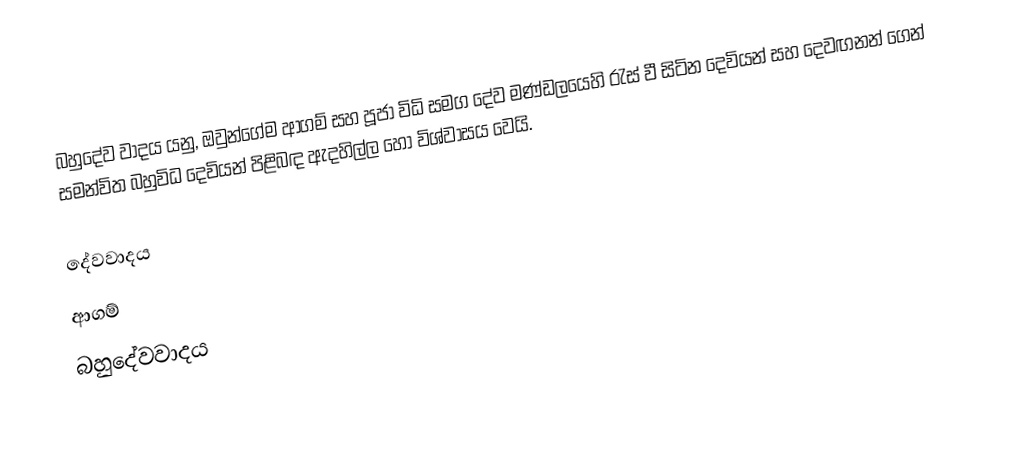
බහුදේව වාදය යනු,   ඔවුන්ගේම ආගම් සහ පූජා විධි සමග දේව මණ්ඩලයෙහි රැස් වී සිටින දෙවියන් සහ දෙවඟනන් ගෙන් සමන්විත බහුවිධ දෙවියන්  පිළිබඳ ඇදහිල්ල හෝ විශ්වාසය වෙයි.

දේවවාදය
ආගම්
බහුදේවවාදය